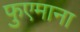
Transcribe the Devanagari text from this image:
फुएमाना